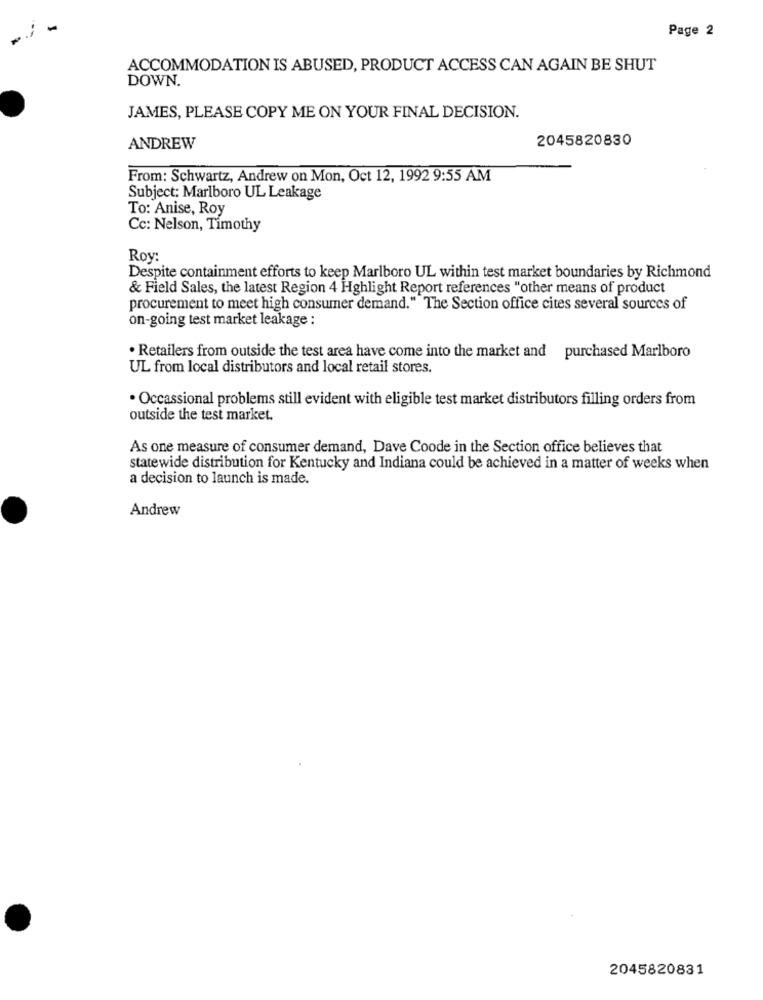
Page 2
ACCOMMODATION IS ABUSED, PRODUCT ACCESS CAN AGAIN BE SHUT
DOWN.
JAMES, PLEASE COPY ME ON YOUR FINAL DECISION.
2045820830
ANDREW
From: Schwartz, Andrew on Mon, Oct 12, 1992 9:55 AM
Subject: Marlboro UL Leakage
To: Anise, Roy
Cc: Nelson, Timothy
Roy:
Despite containment efforts to keep Marlboro UL within test market boundaries by Richmond
& Field Sales, the latest Region 4 Hghlight Report references "other means of product
procurement to meet high consumer demand.""The Section office cites several sources of
on-going test market leakage :
· Retailers from outside the test area have come into the market and purchased Marlboro
UL from local distributors and local retail stores.
· Occassional problems still evident with eligible test market distributors filling orders from
outside the test market.
As one measure of consumer demand, Dave Coode in the Section office believes that
statewide distribution for Kentucky and Indiana could be achieved in a matter of weeks when
a decision to launch is made.
Andrew
2045820831